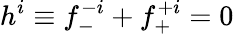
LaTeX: h^{i}\equiv f_{-}^{-i}+f_{+}^{+i}=0